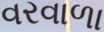
વરવાળા